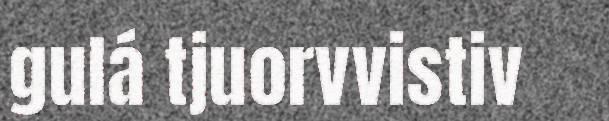
gulá tjuorvvistiv